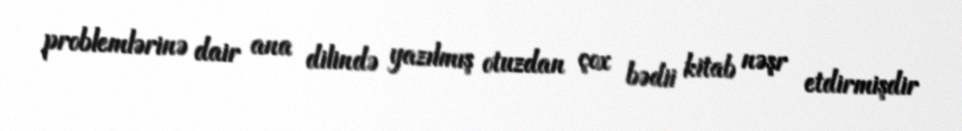
problemlərinə dair ana dilində yazılmış otuzdan çox bədii kitab nəşr etdirmişdir